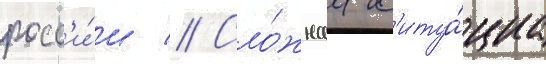
росс'и́и // Сло́жнаа с'итуа́циа